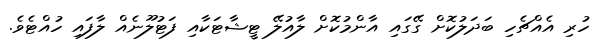
ހުރި އެއްޗެހި ބަދަލުކޮށް ގޭގައި އާންމުކޮށް ލާއުލޭ ޓީޝާޓަކާއި ފަޓުލޫނެއް ލާފައި ހުއްޓެވެ.